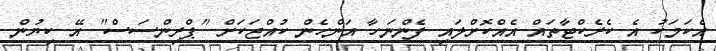
އެކަމަކު އެ ކެރެކްޓާތައް އެއްކޮށްލައި ފެންނަހާ އަންހެން ކުއްޖަކަށް "ޕްރިންސަސް" އޭ ކިޔުން